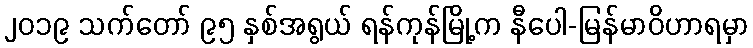
၂၀၁၉ သက်တော် ၉၅ နှစ်အရွယ် ရန်ကုန်မြို့က နီပေါ-မြန်မာဝိဟာရမှာ